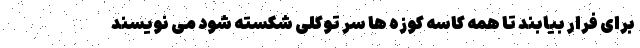
برای فرار بیابند تا همه کاسه کوزه ها سر توکلی شکسته شود می نویسند‌